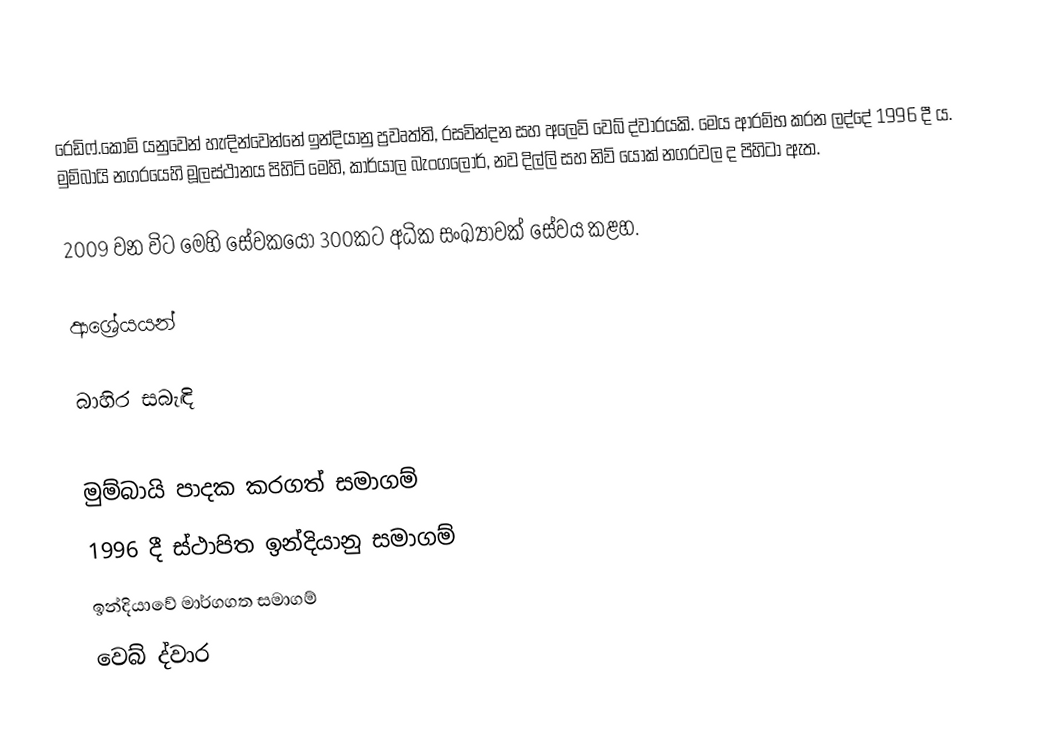
රෙඩිෆ්.කොම් ‍යනුවෙන් හැඳින්වෙන්නේ ඉන්දියානු ප්‍රවෘත්ති, රසවින්දන සහ අලෙවි වෙබ් ද්වාරයකි. මෙය ආරම්භ කරන ලද්දේ 1996 දී ය. මුම්බායි නගරයෙහි මූලස්ථානය පිහිටි මෙහි, කාර්යාල බැංගලෝර්, නව දිල්ලි සහ නිව් යෝක් නගරවල ද පිහිටා ඇත.

2009 වන විට මෙහි සේවකයෝ 300කට අධික සංඛ්‍යාවක් සේවය කළහ.

ආශ්‍රේයයන්

බාහිර සබැඳි

මුම්බායි පාදක කරගත් සමාගම්
1996 දී ස්ථාපිත ඉන්දියානු සමාගම්
ඉන්දියාවේ මාර්ගගත සමාගම්
වෙබ් ද්වාර